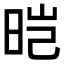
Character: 𬀱